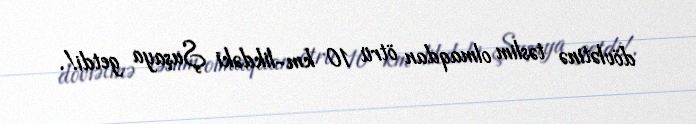
dövlətinə təslim olmaqdan ötrü 10 km-likdəki Şuşaya getdi!.